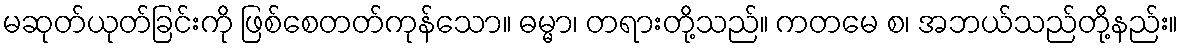
မဆုတ်ယုတ်ခြင်းကို ဖြစ်စေတတ်ကုန်သော။ ဓမ္မာ၊ တရားတို့သည်။ ကတမေ စ၊ အဘယ်သည်တို့နည်း။